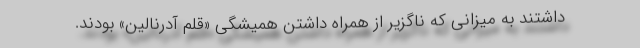
داشتند به میزانی که ناگزیر از همراه داشتن همیشگی «قلم آدرنالین» بودند.